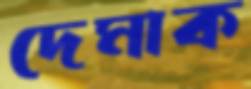
দেমাক